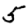
Digit: 5